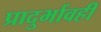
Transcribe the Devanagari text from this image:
प्रादुर्भावही